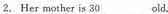
2. Her mother is 30___old.